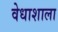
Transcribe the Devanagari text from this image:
वेधाशाला